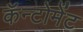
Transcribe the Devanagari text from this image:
कॅन्टोमेंट